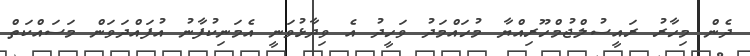
ދެން މިހާރު ރައީސުލްޖުމްހޫރިއްޔާ މުހައްމަދު ވަހީދު އެ ވިދާޅުވަނީ އެމަނިކުފާނު އުފައްދަވަން މަސައްކަތް